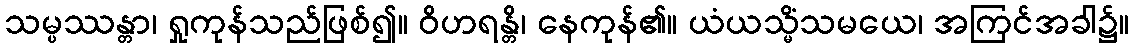
သမ္ပဿန္တာ၊ ရှုကုန်သည်ဖြစ်၍။ ဝိဟရန္တိ၊ နေကုန်၏။ ယံယသ္မိံသမယေ၊ အကြင်အခါ၌။